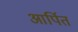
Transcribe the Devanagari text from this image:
आर्पित